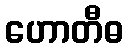
ဟောတီဓ